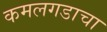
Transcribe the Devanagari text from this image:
कमलगडाचा